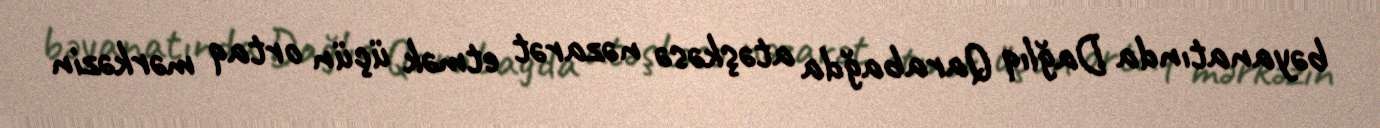
bəyanatında Dağlıq Qarabağda atəşkəsə nəzarət etmək üçün ortaq mərkəzin